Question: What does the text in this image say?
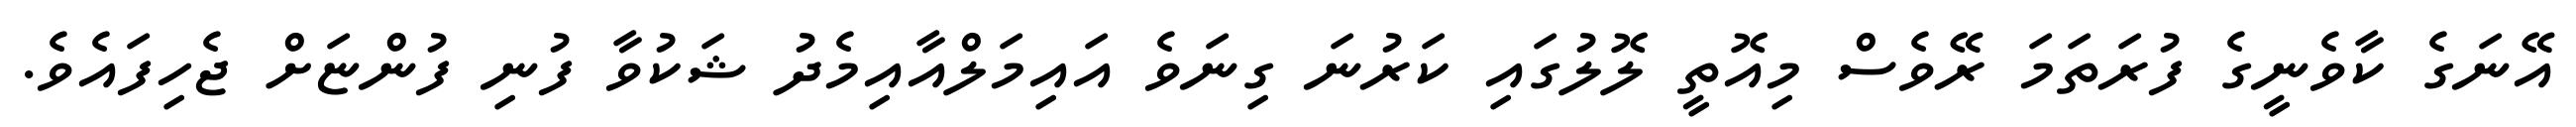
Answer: އޭނަގެ ކާވެނީގެ ފުރަތަމަ ރޭވެސް މިއޮތީ ލޮލުގައި ކަރުނަ ގިނަވެ އައިމަލްއާއިމެދު ޝަކުވާ ފުނި ފުންޏަށް ޖެހިފައެވެ.